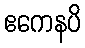
ဧကေနပိ